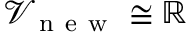
\mathcal { V } _ { \mathrm { ~ n ~ e ~ w ~ } } \cong \mathbb { R }